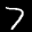
Label: 7